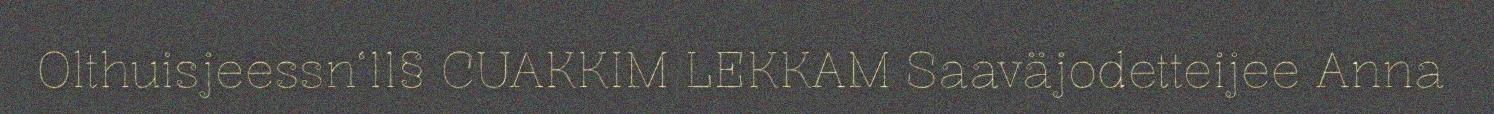
Olthuisjeessn‘11§ CUAKKIM LEKKAM Saaväjodetteijee Anna